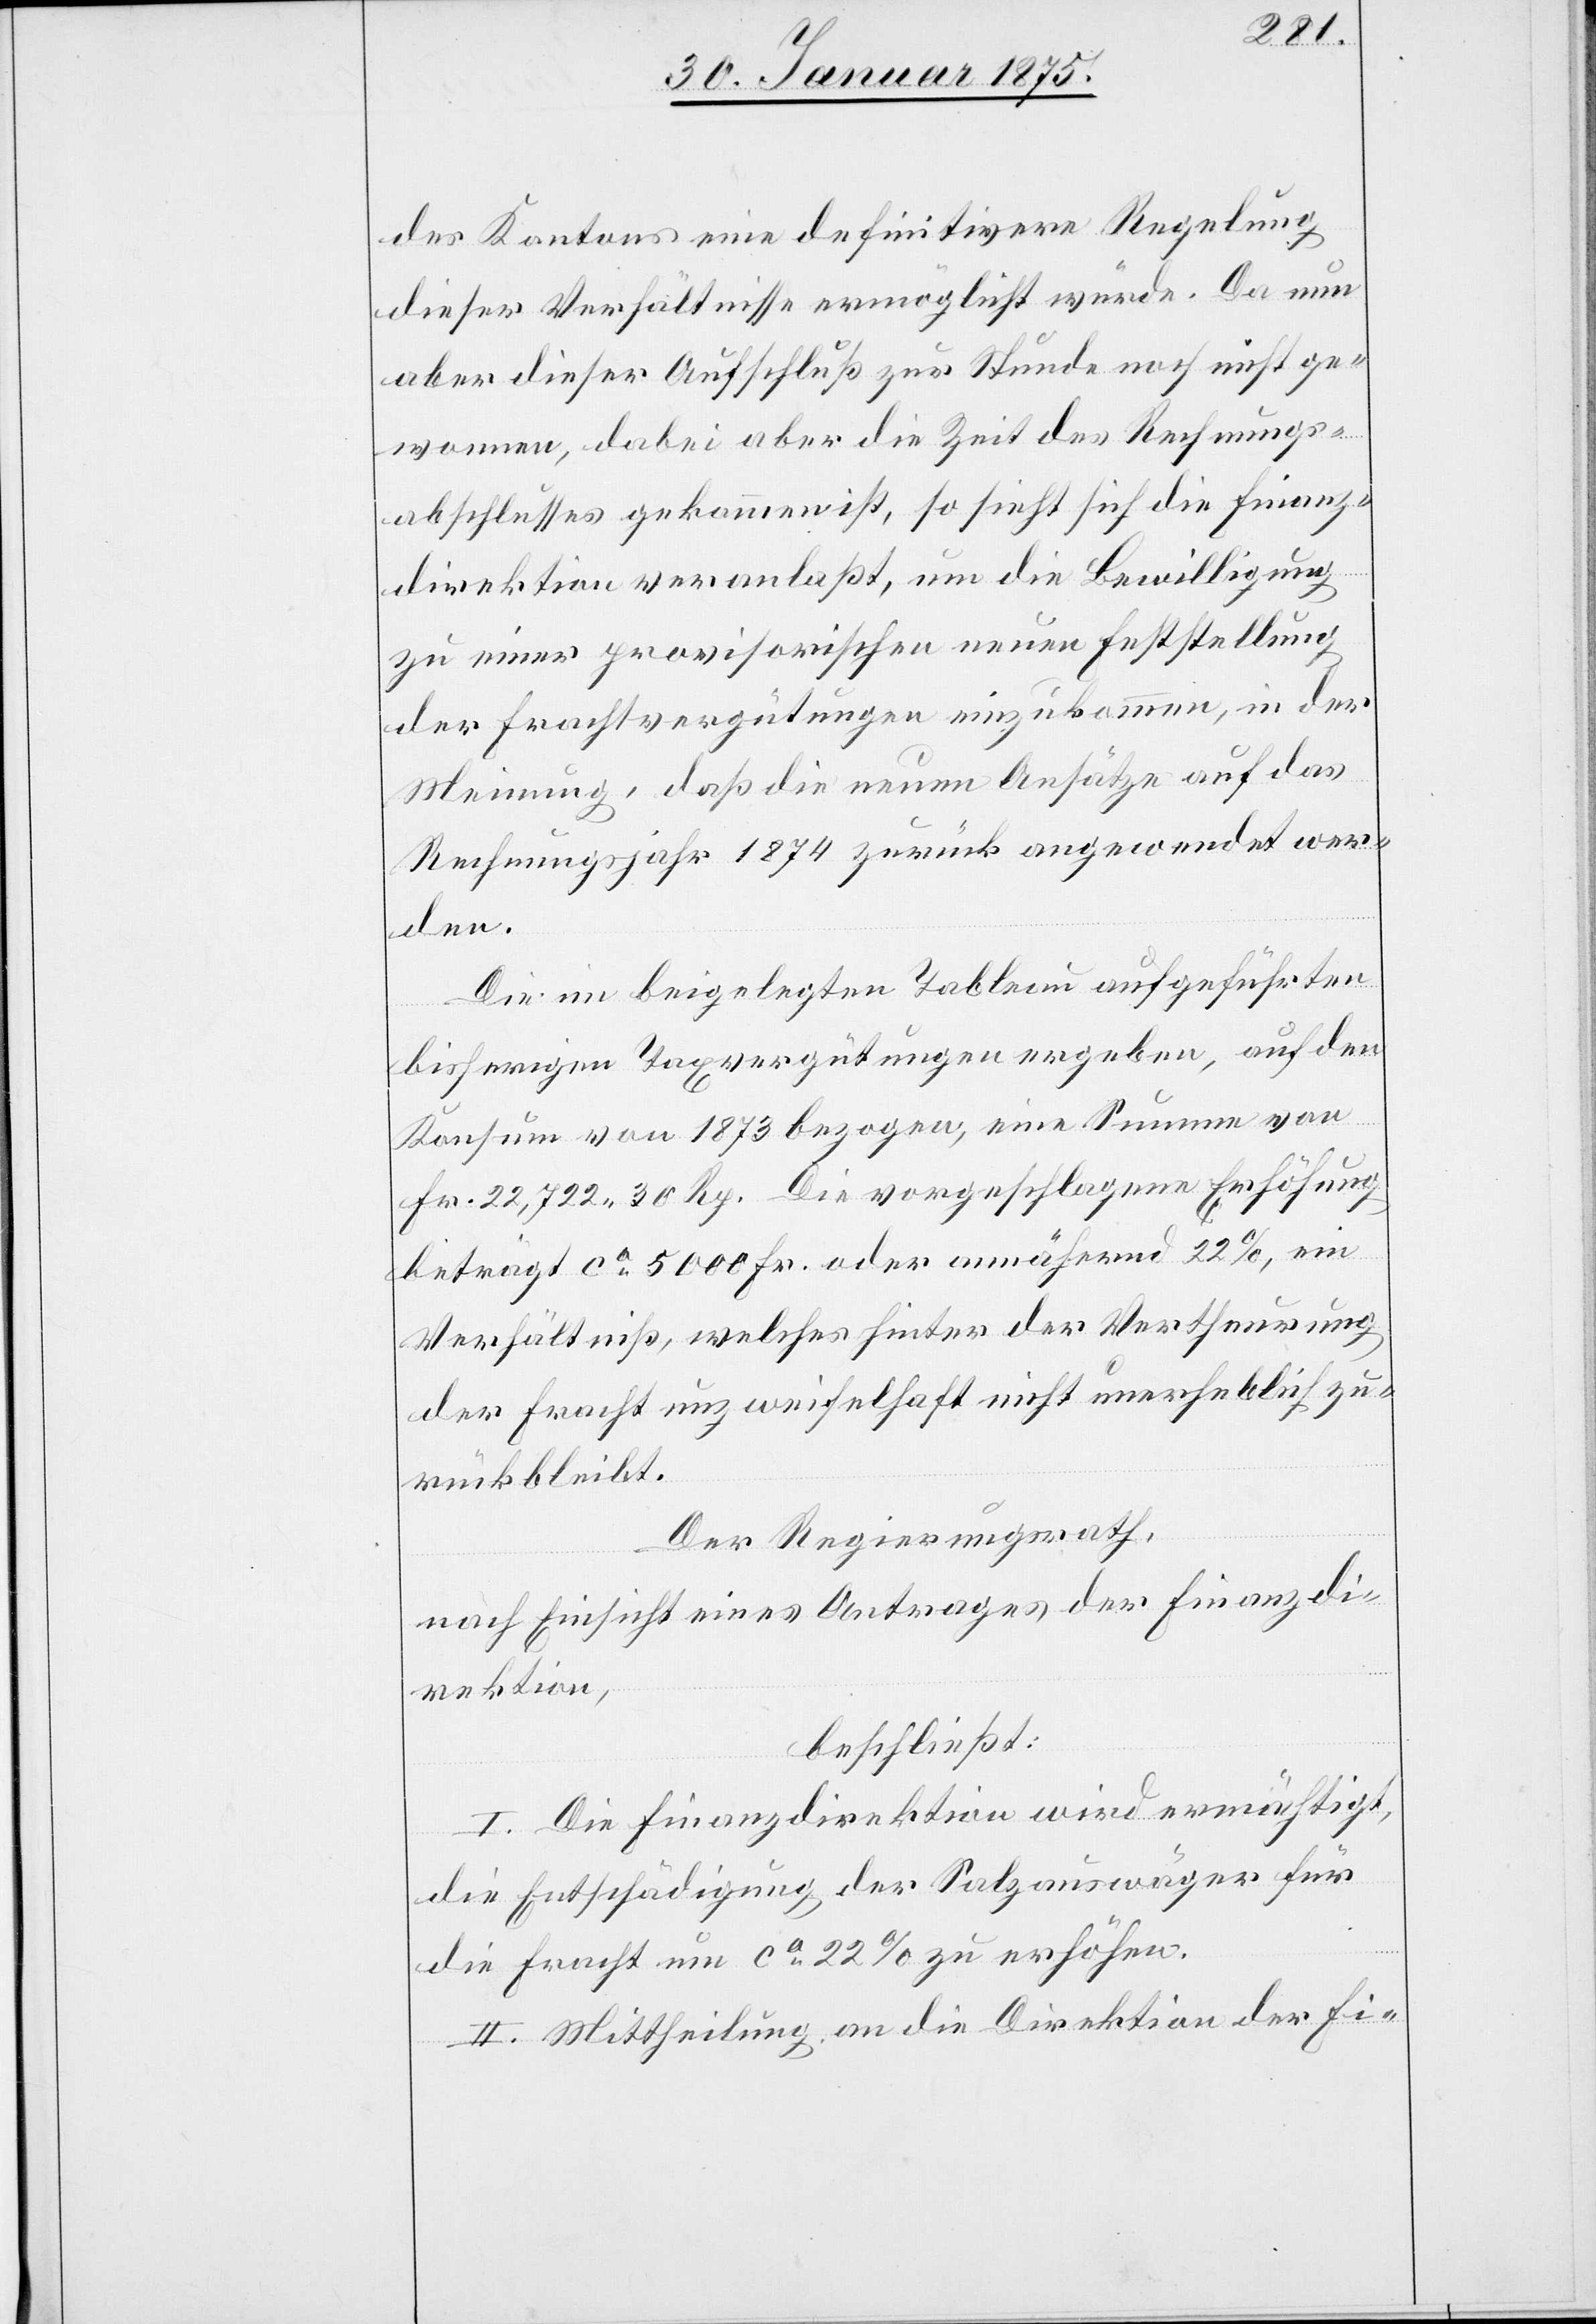
des Kantons eine definitivere Regelung
dieser Verhältnisse ermöglicht würde. Da nun
aber dieser Aufschluß zur Stunde noch nicht ge¬
wonnen, dabei aber die Zeit des Rechnungs¬
abschlusses gekommen ist, so sieht sich die Finanz¬
direktion veranlaßt, um die Bewilligung
zu einer provisorischen neuen Feststellung
der Frachtvergütungen einzukommen, in der
Meinung, daß die neuen Ansätze auf das
Rechnungsjahr 1874 zurück angeordnet wer¬
den.
Die im beigelegten Tableau aufgeführten
bisherigen Taxvergütungen ergeben, auf den
Konsum von 1873 bezogen, eine Summe von
Fr. 22,722. 30 Rp. Die vorgeschlagene Erhöhung
beträgt ca 5000 Fr. oder annähernd 22%, ein
Verhältniß, welches hinter der Vertheurung
der Fracht unzweifelhaft nicht unerheblich zu¬
rückbleibt.
Der Regierungsrath,
nach Einsicht eines Antrages der Finanzdi¬
rektion,
beschließt:
I. Die Finanzdirektion wird ermächtigt,
die Entschädigung der Salzauswäger für
die Fracht um ca 22% zu erhöhen.
II. Mittheilung an die Direktion der Fi-